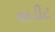
અડીટ